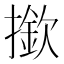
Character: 撳